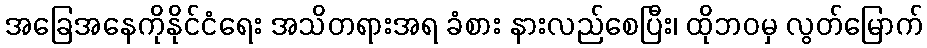
အခြေအနေကိုနိုင်ငံရေး အသိတရားအရ ခံစား နားလည်စေပြီး၊ ထိုဘဝမှ လွတ်မြောက်